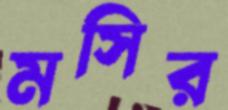
মসির